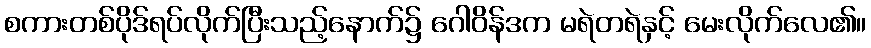
စကားတစ်ပိုဒ်ရပ်လိုက်ပြီးသည့်နောက်၌ ဂေါဝိန်ဒက မရဲတရဲနှင့် မေးလိုက်လေ၏။